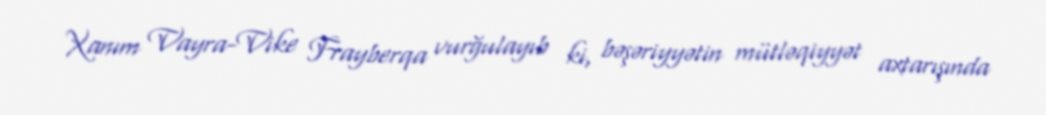
Xanım Vayra-Vike Frayberqa vurğulayıb ki, bəşəriyyətin mütləqiyyət axtarışında